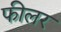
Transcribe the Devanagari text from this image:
फीलर